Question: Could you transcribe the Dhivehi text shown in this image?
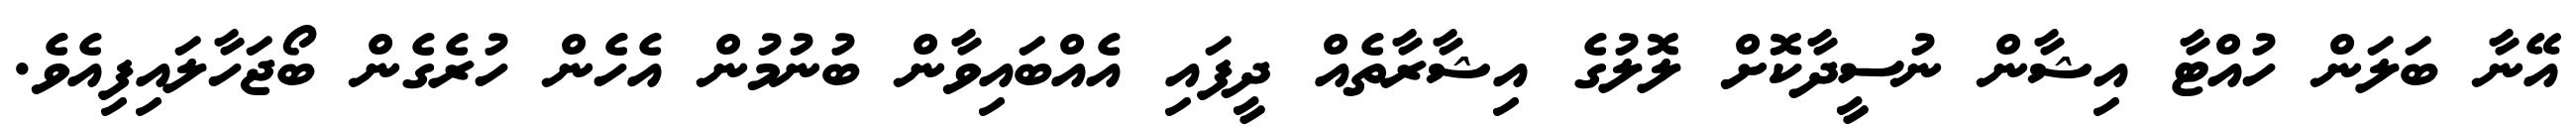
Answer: އޭނާ ބަލަން ހުއްޓާ އިޝާން ނުސީދާކޮށް ލޮލުގެ އިޝާރާތެއް ދީފައި އެއްބައިވާން ބުނުމުން އެހެން ހުރެގެން ބޯޖަހާލައިފިއެވެ.